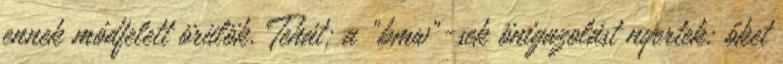
ennek módfelett örülök. Tehát: a "bmw"-sek önigazolást nyertek: őket